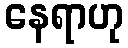
နေရာဟု